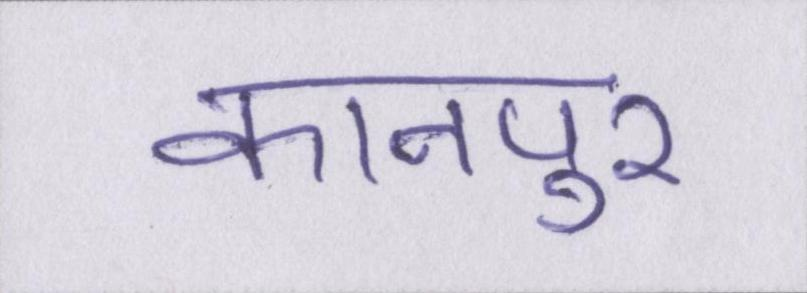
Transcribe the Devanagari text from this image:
कानपुर